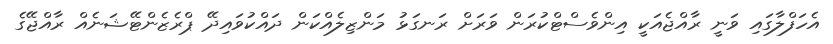
އެހަފްލާގައި ވަނީ ރާއްޖެއަކީ އިންވެސްޓްކުރަން ވަރަށް ރަނގަޅު މަންޒިލެއްކަން ދައްކުވައިދޭ ޕްރެޒެންޓޭޝަނެއް ރާއްޖޭގެ